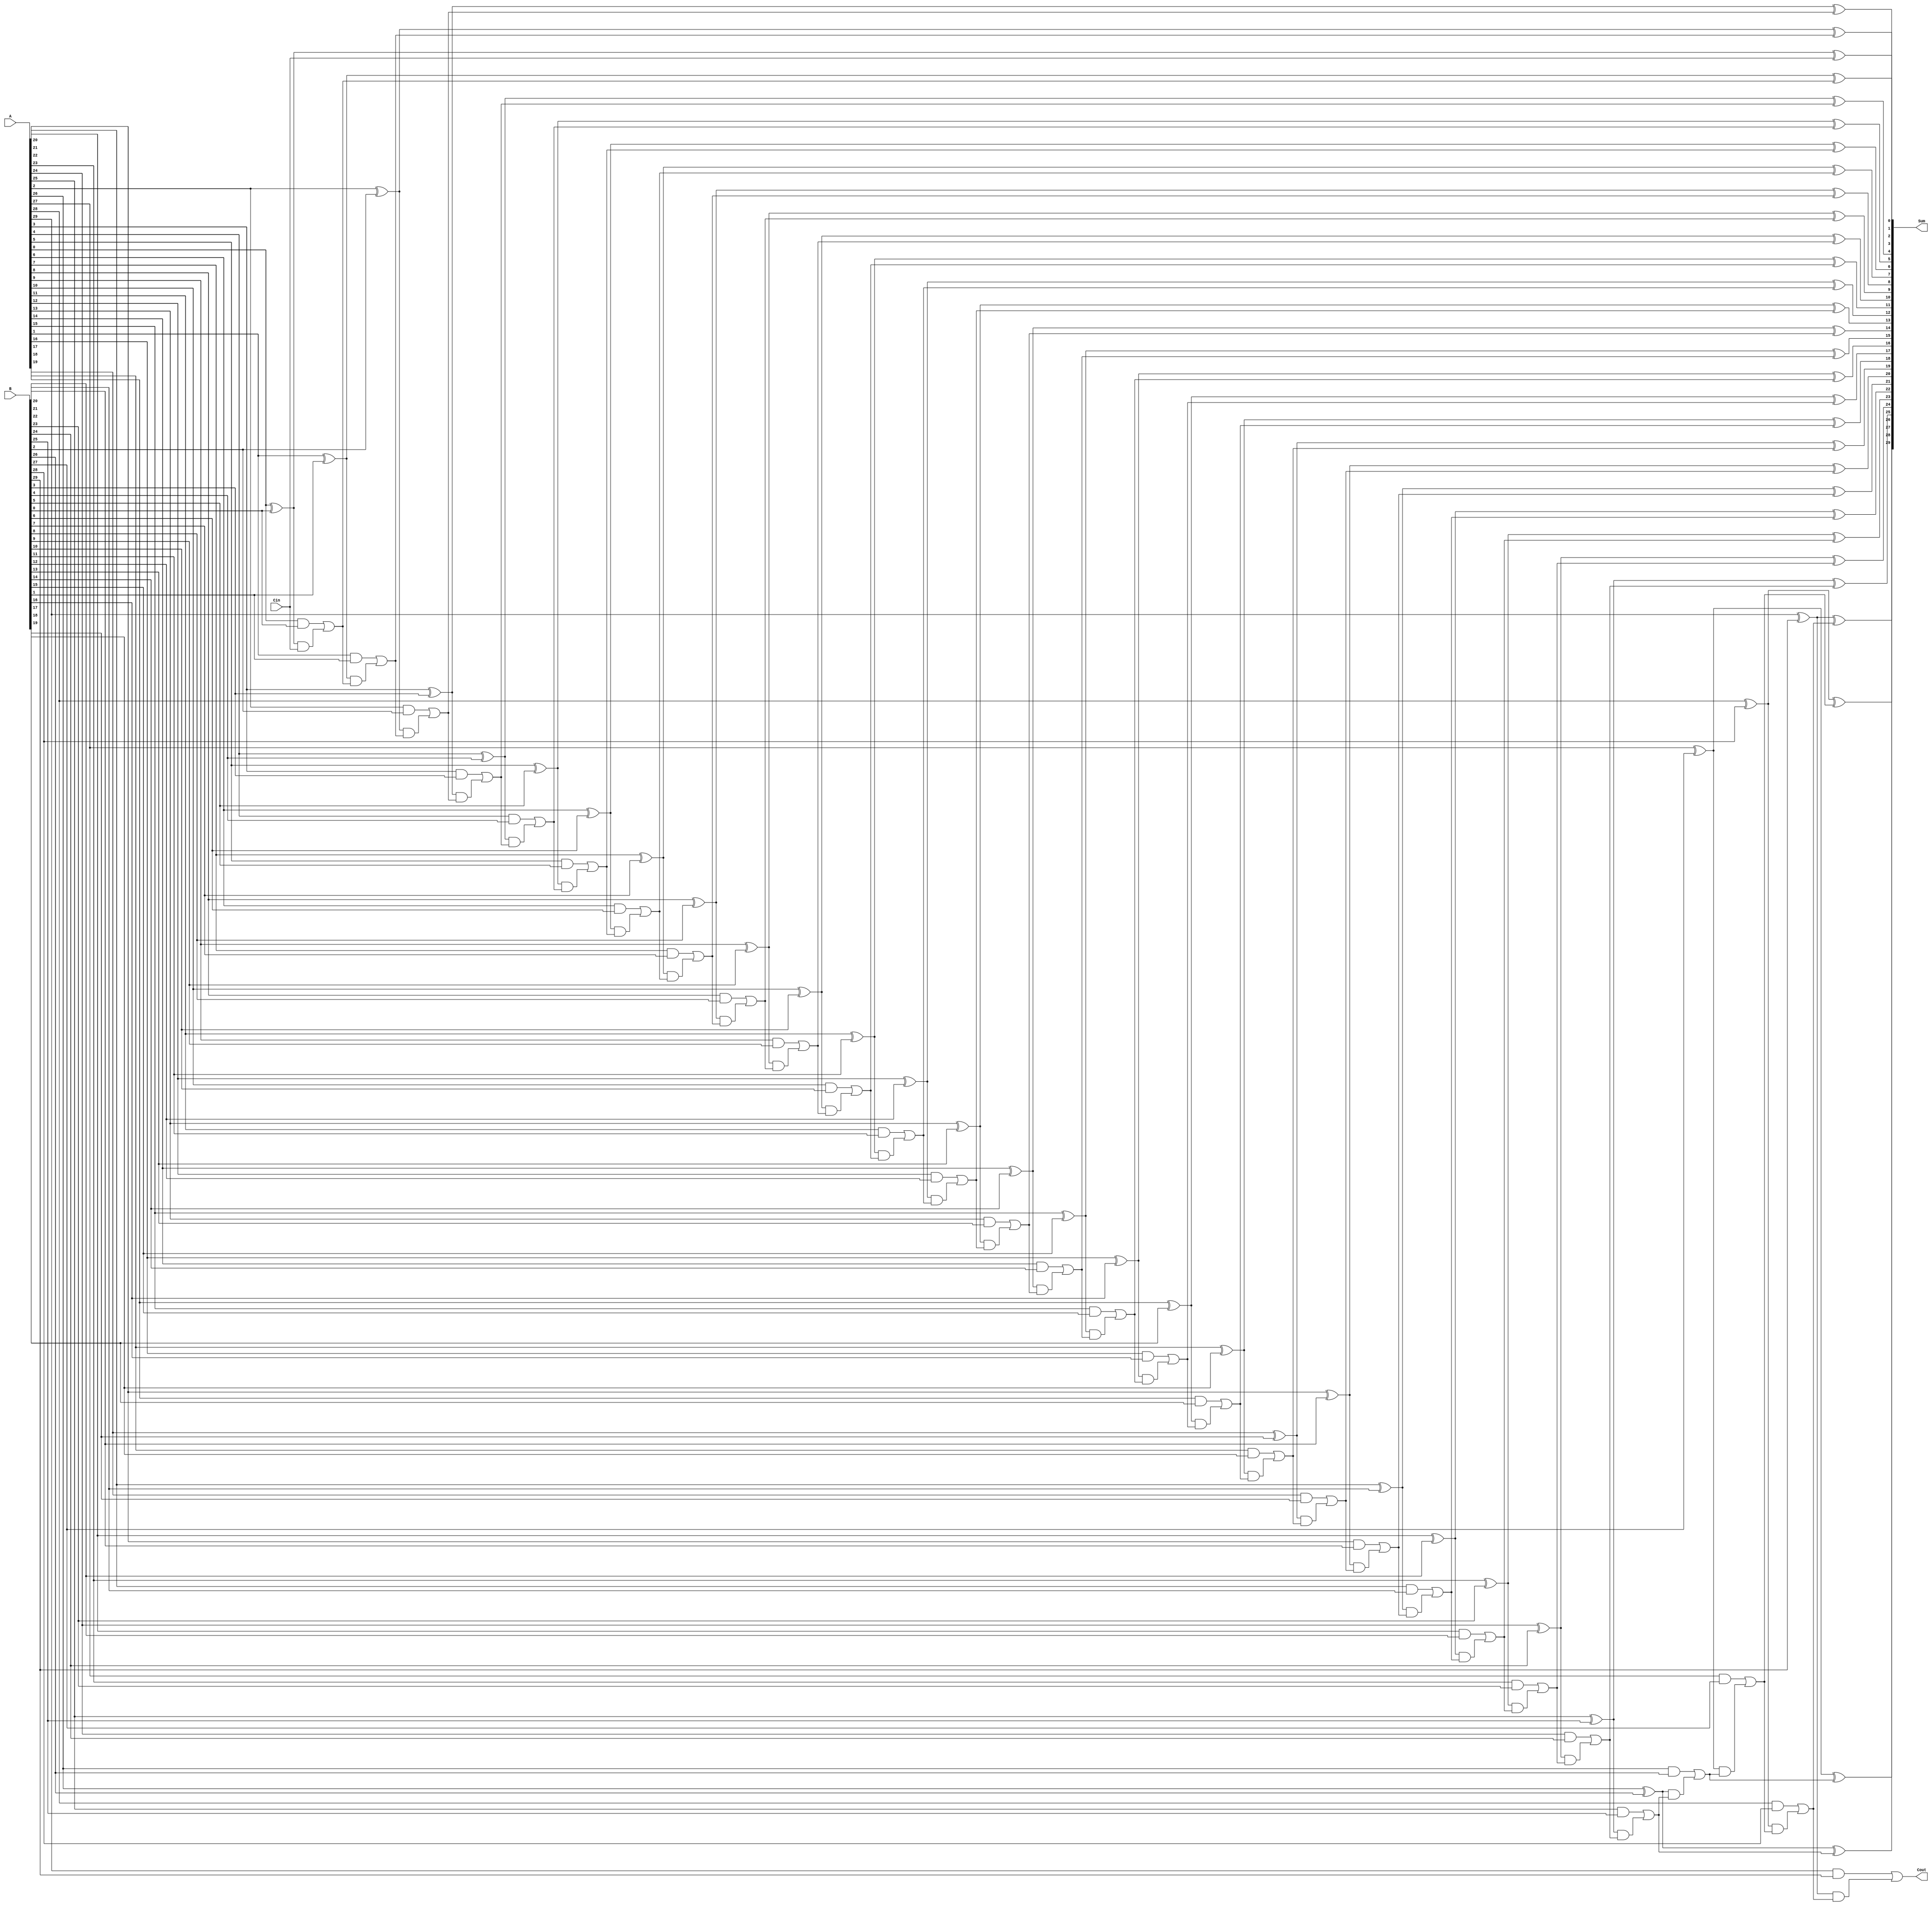
// Module Name:    N_Bit_Adder 

module N_Bit_Adder(A,B,Sum,Cout,Cin);
	parameter N = 30;
	input[N-1:0] A,B;
	input Cin;
	output Cout;
	output [N-1:0] Sum;
   wire [N:0] Carry;
   assign Carry[0] = Cin;
   genvar i;
   generate for(i = 0;i < N; i = i + 1) 
	begin: adder_loop
			wire t1,t2,t3;
			xor g1(t1,A[i],B[i]);
			xor g2(Sum[i],t1,Carry[i]);
			and g3(t2,A[i],B[i]);
			and g4(t3,t1,Carry[i]);
         or g5(Carry[i+1],t2,t3);
	end
   endgenerate
	assign Cout = Carry[N];
endmodule